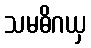
သမဓိဂယှ